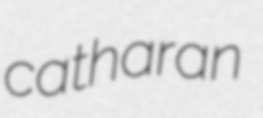
catharan